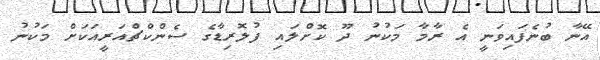
އޭނާ ބުނެފައިވަނީ އެ ރާމާ މަކުނު ދޫ ކޮށްލައި ފުލޮރިޑާގެ ސެންކްޗްއަރީއަކަށް މަކުނު